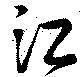
江